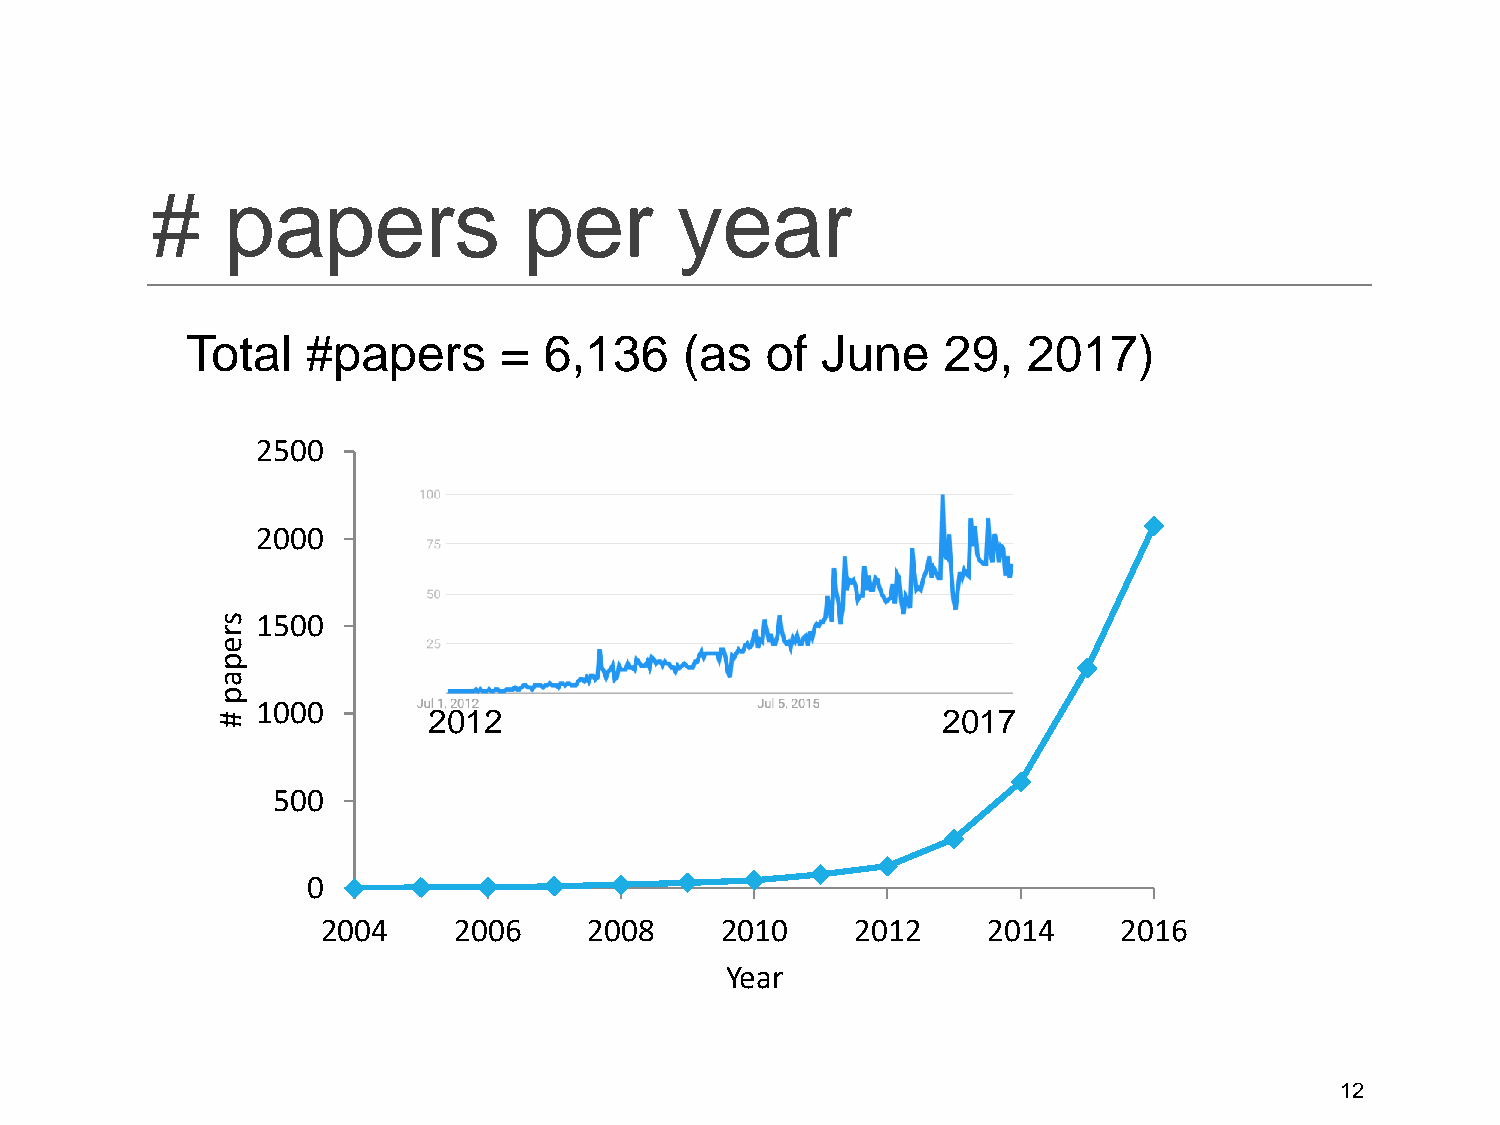
#    papers              per       year
 Total   #papers      =  6,136    (as   of June    29,   2017)
 2500
 2000
 s  1500
 r
 e
 p
 a
 p
 #
 1000
 2012                              2017
 500
 0
 2004     2006     2008     2010     2012    2014     2016
 Year
 12